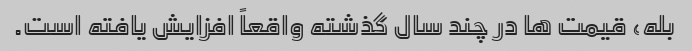
بله، قیمت ها در چند سال گذشته واقعاً افزایش یافته است.